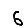
Digit: 6